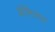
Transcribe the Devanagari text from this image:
ऑफिशल